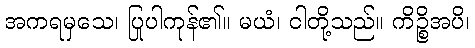
အကရမှသေ၊ ပြုပါကုန်၏။ မယံ၊ ငါတို့သည်။ ကိဉ္စိအပိ၊